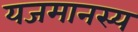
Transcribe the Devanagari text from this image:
यजमानस्य